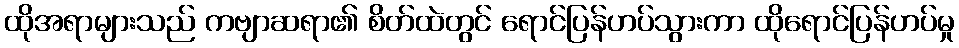
ထိုအရာများသည် ကဗျာဆရာ၏ စိတ်ထဲတွင် ရောင်ပြန်ဟပ်သွားကာ ထိုရောင်ပြန်ဟပ်မှု